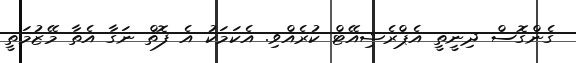
ގެންގޮސް ދިނީތީ އެޕްރެޝިއޭޓް ކުރެއްވި. އެކަމަކު އެ ފޮތް ނަގާ އެތާ މޭޒުމަތީ